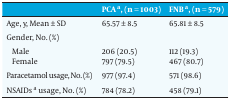
|  | PCA a, (n = 1003) | FNB a, (n = 579) |
 | --- | --- | --- |
 | Age, y, Mean ± SD | 65.57 ± 8.5 | 65.81 ± 8.5 |
 | Gender, No. (%) |  |  |
 | Male | 206 (20.5) | 112 (19.3) |
 | Female | 797 (79.5) | 467 (80.7) |
 | Paracetamol usage, No. (%) | 977 (97.4) | 571 (98.6) |
 | NSAIDs a usage, No. (%) | 784 (78.2) | 458 (79.1) |